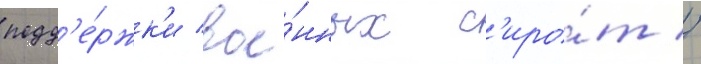
подд'е́ржк'и вое́нных с'иро́т //